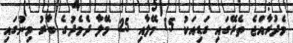
މެދުރާއްޖެ ތެރޭގައި ގަޑިއަކު 15 މޭލާއި 25 މޭލާ ދެމެދުގެ ބާރު މިނުގައި